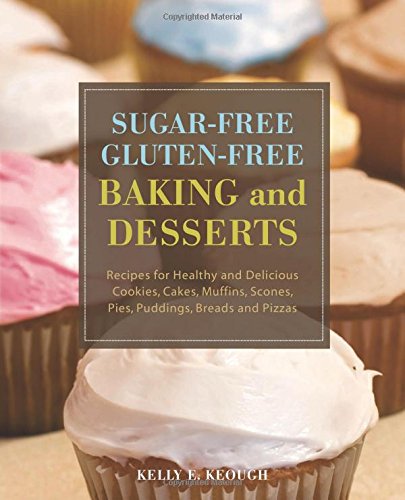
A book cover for Sugar-Free Gluten-Free Baking and Desserts: Recipes for Healthy and Delicious Cookies, Cakes, Muffins, Scones, Pies, Puddings, Breads and Pizzas; Kelly E. Keough; Cookbooks, Food & Wine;